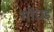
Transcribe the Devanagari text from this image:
गोंधड